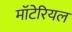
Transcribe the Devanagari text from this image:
मॉटेरियल